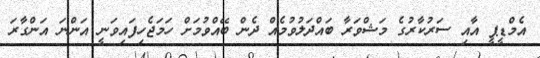
އެމްޑީޕީ އާއި ސަރުކާރުގެ މަޝްވަރާ ބައްދަލުވުމެއް ދެން ބޭއްވުމަށް ހަމަޖެހިފައިވަނީ އަންނަ އަންގާރަ